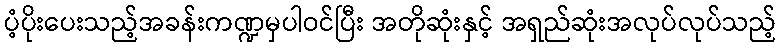
ပံ့ပိုးပေးသည့်အခန်းကဏ္ဍမှပါဝင်ပြီး အတိုဆုံးနှင့် အရှည်ဆုံးအလုပ်လုပ်သည့်